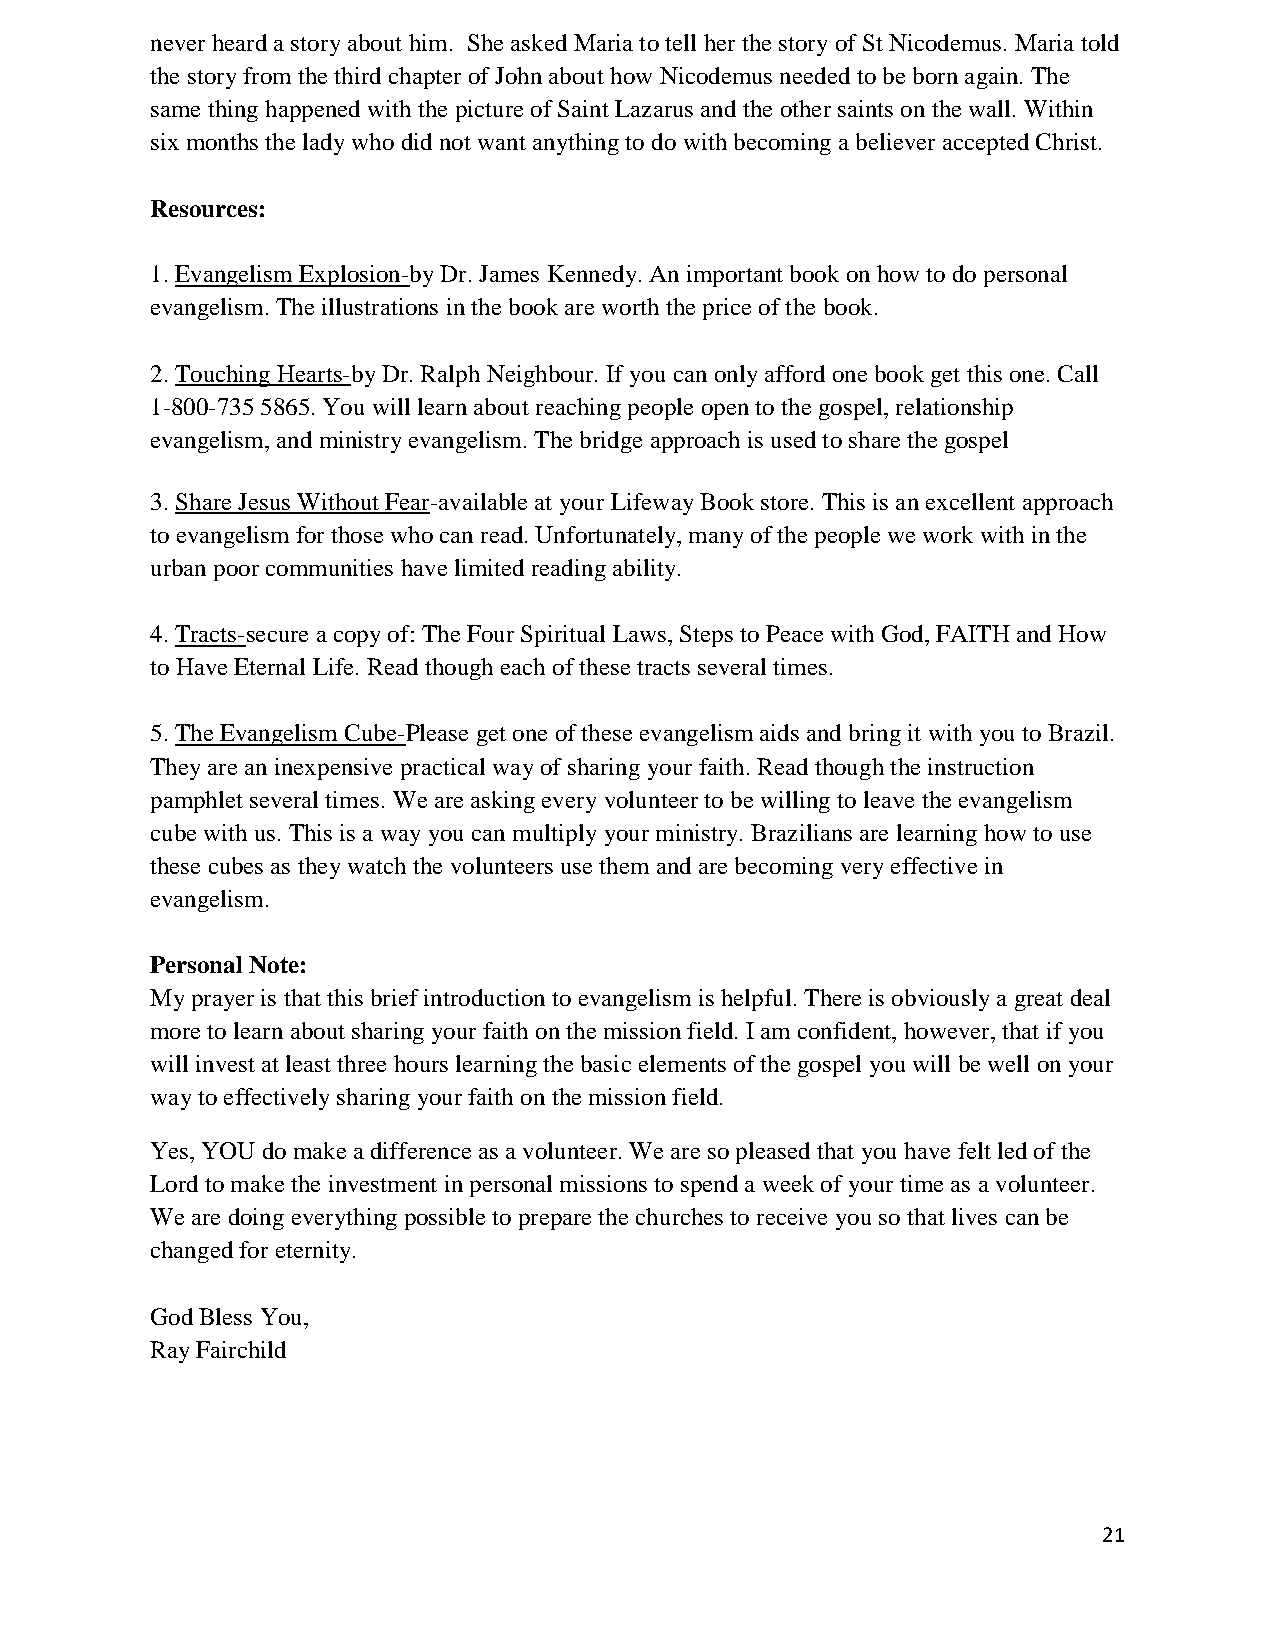
never heard a story about him. She asked Maria to tell her the story of St Nicodemus. Maria told
 the story from the third chapter of John about how Nicodemus needed to be born again. The
 same thing happened with the picture of Saint Lazarus and the other saints on the wall. Within
 six months the lady who did not want anything to do with becoming a believer accepted Christ.
 Resources:
 1. Evangelism Explosion-by Dr. James Kennedy. An important book on how to do personal
 evangelism. The illustrations in the book are worth the price of the book.
 2. Touching Hearts-by Dr. Ralph Neighbour. If you can only afford one book get this one. Call
 1-800-735 5865. You will learn about reaching people open to the gospel, relationship
 evangelism, and ministry evangelism. The bridge approach is used to share the gospel
 3. Share Jesus Without Fear-available at your Lifeway Book store. This is an excellent approach
 to evangelism for those who can read. Unfortunately, many of the people we work with in the
 urban poor communities have limited reading ability.
 4. Tracts-secure a copy of: The Four Spiritual Laws, Steps to Peace with God, FAITH and How
 to Have Eternal Life. Read though each of these tracts several times.
 5. The Evangelism Cube-Please get one of these evangelism aids and bring it with you to Brazil.
 They are an inexpensive practical way of sharing your faith. Read though the instruction
 pamphlet several times. We are asking every volunteer to be willing to leave the evangelism
 cube with us. This is a way you can multiply your ministry. Brazilians are learning how to use
 these cubes as they watch the volunteers use them and are becoming very effective in
 evangelism.
 Personal Note:
 My prayer is that this brief introduction to evangelism is helpful. There is obviously a great deal
 more to learn about sharing your faith on the mission field. I am confident, however, that if you
 will invest at least three hours learning the basic elements of the gospel you will be well on your
 way to effectively sharing your faith on the mission field.
 Yes, YOU do make a difference as a volunteer. We are so pleased that you have felt led of the
 Lord to make the investment in personal missions to spend a week of your time as a volunteer.
 We are doing everything possible to prepare the churches to receive you so that lives can be
 changed for eternity.
 God Bless You,
 Ray Fairchild
 21